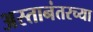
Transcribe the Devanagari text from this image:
अस्तानंतरच्या